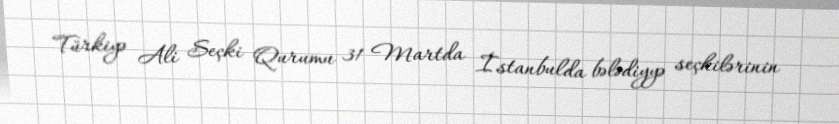
Türkiyə Ali Seçki Qurumu 31 Martda İstanbulda bələdiyyə seçkilərinin